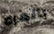
بالمره